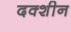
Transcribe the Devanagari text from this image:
दक्शीन